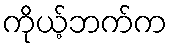
ကိုယ့်ဘက်က